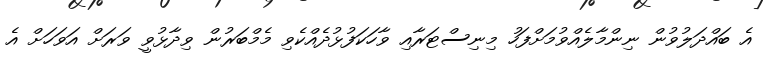
އެ ބައްދަލުވުން ނިންމާލެއްވުމަށްފަހު މިނިސްޓަރާއި ވާހަކަފުޅުދެއްކެވި މެމްބަރުން ވިދާޅުވީ ވަރަށް އަވަހަށް އެ